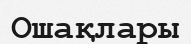
Ошақлары